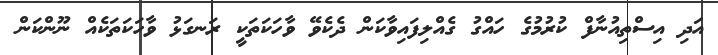
އަދި އިސްތިއުނާފް ކުރުމުގެ ހައްގު ގެއްލިފައިވާކަން ދެކެވޭ ވާހަކަތަކީ ރަނގަޅު ވާހަކަތަކެއް ނޫންކަން